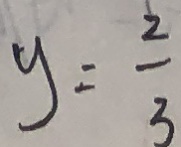
y = \frac { 2 } { 3 }